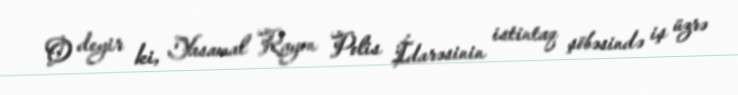
O deyir ki, Yasamal Rayon Polis İdarəsinin istintaq şöbəsində iş üzrə